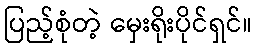
ပြည့်စုံတဲ့ မှေးရိုးပိုင်ရှင်။